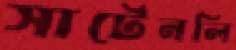
সার্টেনলি